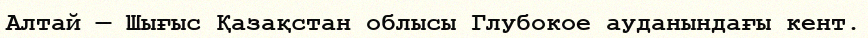
Алтай — Шығыс Қазақстан облысы Глубокое ауданындағы кент.